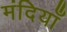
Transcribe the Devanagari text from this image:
मंदियाँ